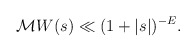
\begin{align*}\mathcal{M}W(s) \ll (1+|s|)^{-E}.\end{align*}